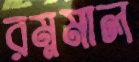
রম্নমাল